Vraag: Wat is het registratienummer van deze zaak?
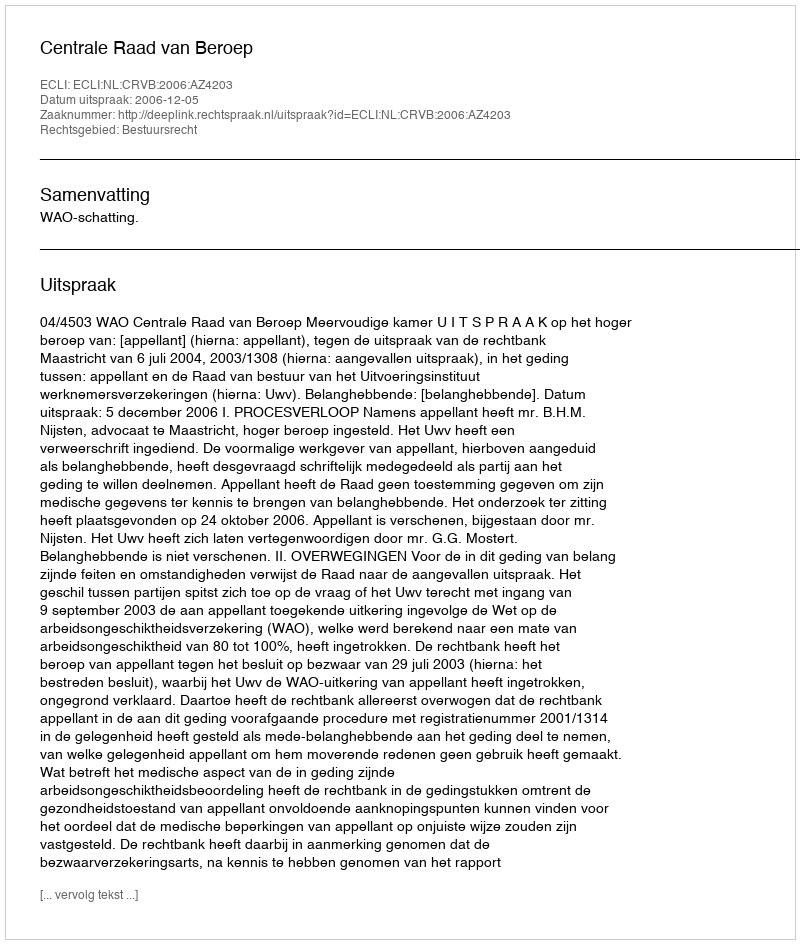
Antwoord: http://deeplink.rechtspraak.nl/uitspraak?id=ECLI:NL:CRVB:2006:AZ4203